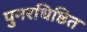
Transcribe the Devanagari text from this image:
पुनरधिष्ठित